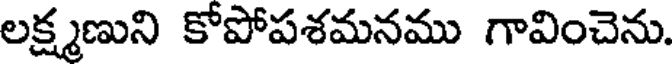
లక్ష్మణుని కోపోపశమనము గావించెను.